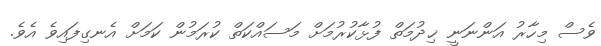
ވެސް މިހާރު އަންނަނީ ޚިދުމަތް ފުޅާކުރުމަށް މަސައްކަތް ކުރަމުން ކަމަށް އެނގިފައިވެ އެވެ.